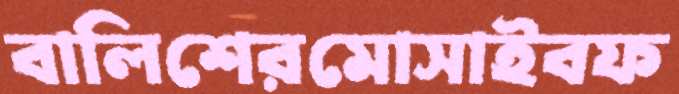
বালিশেরমোসাইবফ